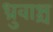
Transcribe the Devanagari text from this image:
ध्रुवाश्च